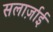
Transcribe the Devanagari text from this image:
सलार्ज़ाई